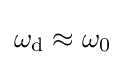
\omega _{\mathrm {d} }\approx \omega _{0}